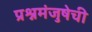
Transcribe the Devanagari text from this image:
प्रश्नमंजुषेची